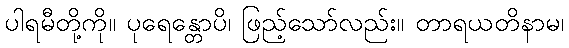
ပါရမီတို့ကို။ ပုရေန္တောပိ၊ ဖြည့်သော်လည်း။ တာရယတိနာမ၊